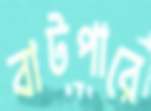
বাটপারে